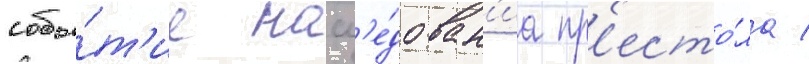
собы́т'ие насл'е́дован'иа пр'есто́ла /